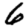
Digit: 6